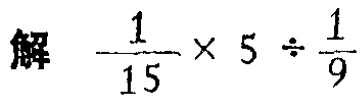
解 $\frac{1}{15} \times 5 \div \frac{1}{9}$